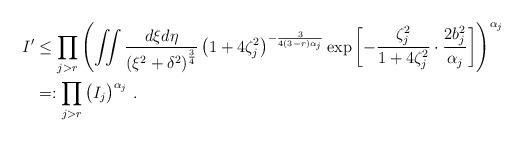
LaTeX: \begin{align*} I' &\le \prod_{j > r}\left( \iint \frac{d\xi d\eta}{\left(\xi^2+\delta^2\right)^{\frac{3}{4}}} \left(1 + 4\zeta_j^2\right)^{-\frac{3}{4(3 - r)\alpha_j}} \exp\left[-\frac{\zeta_j^2}{1+ 4\zeta_j^2}\cdot\frac{2b_j^2}{\alpha_j}\right] \right)^{\alpha_j}\\ &=:\prod_{j > r}\big(I_{j}\big)^{\alpha_j}~.\end{align*}